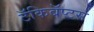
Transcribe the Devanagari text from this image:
टॅकिबॅप्टस